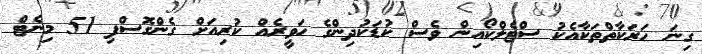
ގިނަ ހަރަކާތްތަކާއެކު ސްޓެލްކޯއިން ވެސް ކުޑަކުދިންގެ ހަވީރެއް ކުރިއަށް ގެންގޮސްފި 51 މިނެޓް